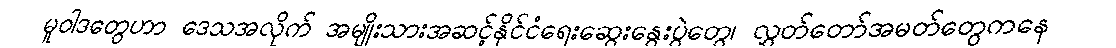
မူဝါဒတွေဟာ ဒေသအလိုက် အမျိုးသားအဆင့်နိုင်ငံရေးဆွေးနွေးပွဲတွေ၊ လွှတ်တော်အမတ်တွေကနေ